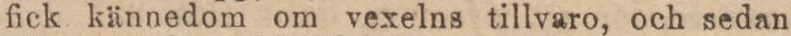
fick kännedom om vexelns tillvaro, och sedan